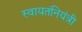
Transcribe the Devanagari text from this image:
स्वायतंनियंत्री